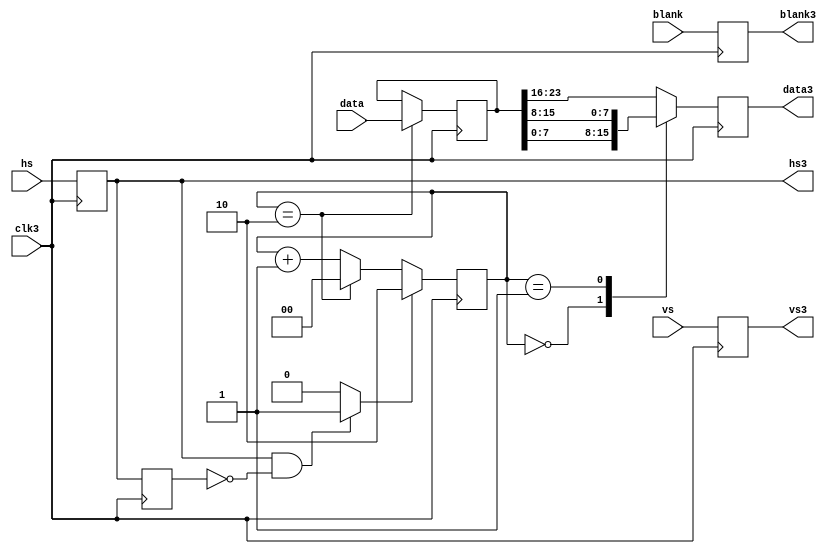
module   vga_serial ( 
    input [23:0] data, 
    input blank, 
    input hs, 
    input vs,
    input clk3, 
    output reg [7:0] data3, 
    output blank3, 
    output hs3, 
    output vs3
  );
reg hs_reg;
reg hs_reg1;
reg blank_reg;
reg vs_reg;
always @(posedge clk3) begin
  hs_reg <= hs;
  hs_reg1 <= hs_reg;
  vs_reg <= vs;
  blank_reg <= blank;
end
reg [1:0] cnt;
wire sync_pulse = (hs_reg & !hs_reg1) ? 1 : 0;
always @(posedge clk3) begin
  if (sync_pulse) begin
    cnt <= 2; 
  end
  else begin
    if (cnt == 2)
      cnt <= 0;
    else    
      cnt <= cnt+1;
  end
end
reg [23:0] data_reg;
always @(posedge clk3) begin
  if (cnt == 2)
    data_reg <= data;
end
always @(posedge clk3) begin
  case ( cnt )
    0 : data3 <= data_reg[7:0]; 
    1 : data3 <= data_reg[15:8]; 
    default : data3 <= data_reg[23:16]; 
  endcase
end
assign blank3 = blank_reg;
assign hs3 = hs_reg;
assign vs3 = vs_reg;
endmodule